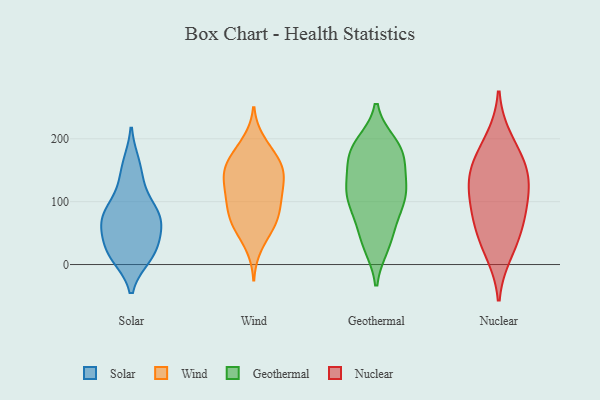
{"axis": {"x": "Tickets Resolved", "y": "Value"}, "legend": ["Geothermal", "Nuclear", "Solar", "Wind"], "data": [{"x": "", "y": 42, "type": "Solar"}, {"x": "", "y": 126, "type": "Solar"}, {"x": "", "y": 28, "type": "Solar"}, {"x": "", "y": 73, "type": "Solar"}, {"x": "", "y": 74, "type": "Solar"}, {"x": "", "y": 160, "type": "Solar"}, {"x": "", "y": 14, "type": "Solar"}, {"x": "", "y": 73, "type": "Solar"}, {"x": "", "y": 12, "type": "Solar"}, {"x": "", "y": 86, "type": "Solar"}, {"x": "", "y": 162, "type": "Wind"}, {"x": "", "y": 66, "type": "Wind"}, {"x": "", "y": 55, "type": "Wind"}, {"x": "", "y": 170, "type": "Wind"}, {"x": "", "y": 78, "type": "Wind"}, {"x": "", "y": 101, "type": "Wind"}, {"x": "", "y": 71, "type": "Wind"}, {"x": "", "y": 67, "type": "Wind"}, {"x": "", "y": 29, "type": "Wind"}, {"x": "", "y": 186, "type": "Wind"}, {"x": "", "y": 140, "type": "Wind"}, {"x": "", "y": 102, "type": "Wind"}, {"x": "", "y": 122, "type": "Wind"}, {"x": "", "y": 147, "type": "Wind"}, {"x": "", "y": 144, "type": "Wind"}, {"x": "", "y": 153, "type": "Wind"}, {"x": "", "y": 111, "type": "Wind"}, {"x": "", "y": 108, "type": "Wind"}, {"x": "", "y": 196, "type": "Wind"}, {"x": "", "y": 151, "type": "Wind"}, {"x": "", "y": 31, "type": "Geothermal"}, {"x": "", "y": 124, "type": "Geothermal"}, {"x": "", "y": 134, "type": "Geothermal"}, {"x": "", "y": 117, "type": "Geothermal"}, {"x": "", "y": 74, "type": "Geothermal"}, {"x": "", "y": 191, "type": "Geothermal"}, {"x": "", "y": 102, "type": "Geothermal"}, {"x": "", "y": 97, "type": "Geothermal"}, {"x": "", "y": 100, "type": "Geothermal"}, {"x": "", "y": 33, "type": "Geothermal"}, {"x": "", "y": 186, "type": "Geothermal"}, {"x": "", "y": 180, "type": "Geothermal"}, {"x": "", "y": 166, "type": "Geothermal"}, {"x": "", "y": 124, "type": "Geothermal"}, {"x": "", "y": 178, "type": "Geothermal"}, {"x": "", "y": 48, "type": "Geothermal"}, {"x": "", "y": 177, "type": "Geothermal"}, {"x": "", "y": 141, "type": "Nuclear"}, {"x": "", "y": 153, "type": "Nuclear"}, {"x": "", "y": 109, "type": "Nuclear"}, {"x": "", "y": 121, "type": "Nuclear"}, {"x": "", "y": 199, "type": "Nuclear"}, {"x": "", "y": 71, "type": "Nuclear"}, {"x": "", "y": 43, "type": "Nuclear"}, {"x": "", "y": 19, "type": "Nuclear"}, {"x": "", "y": 79, "type": "Nuclear"}, {"x": "", "y": 165, "type": "Nuclear"}]}